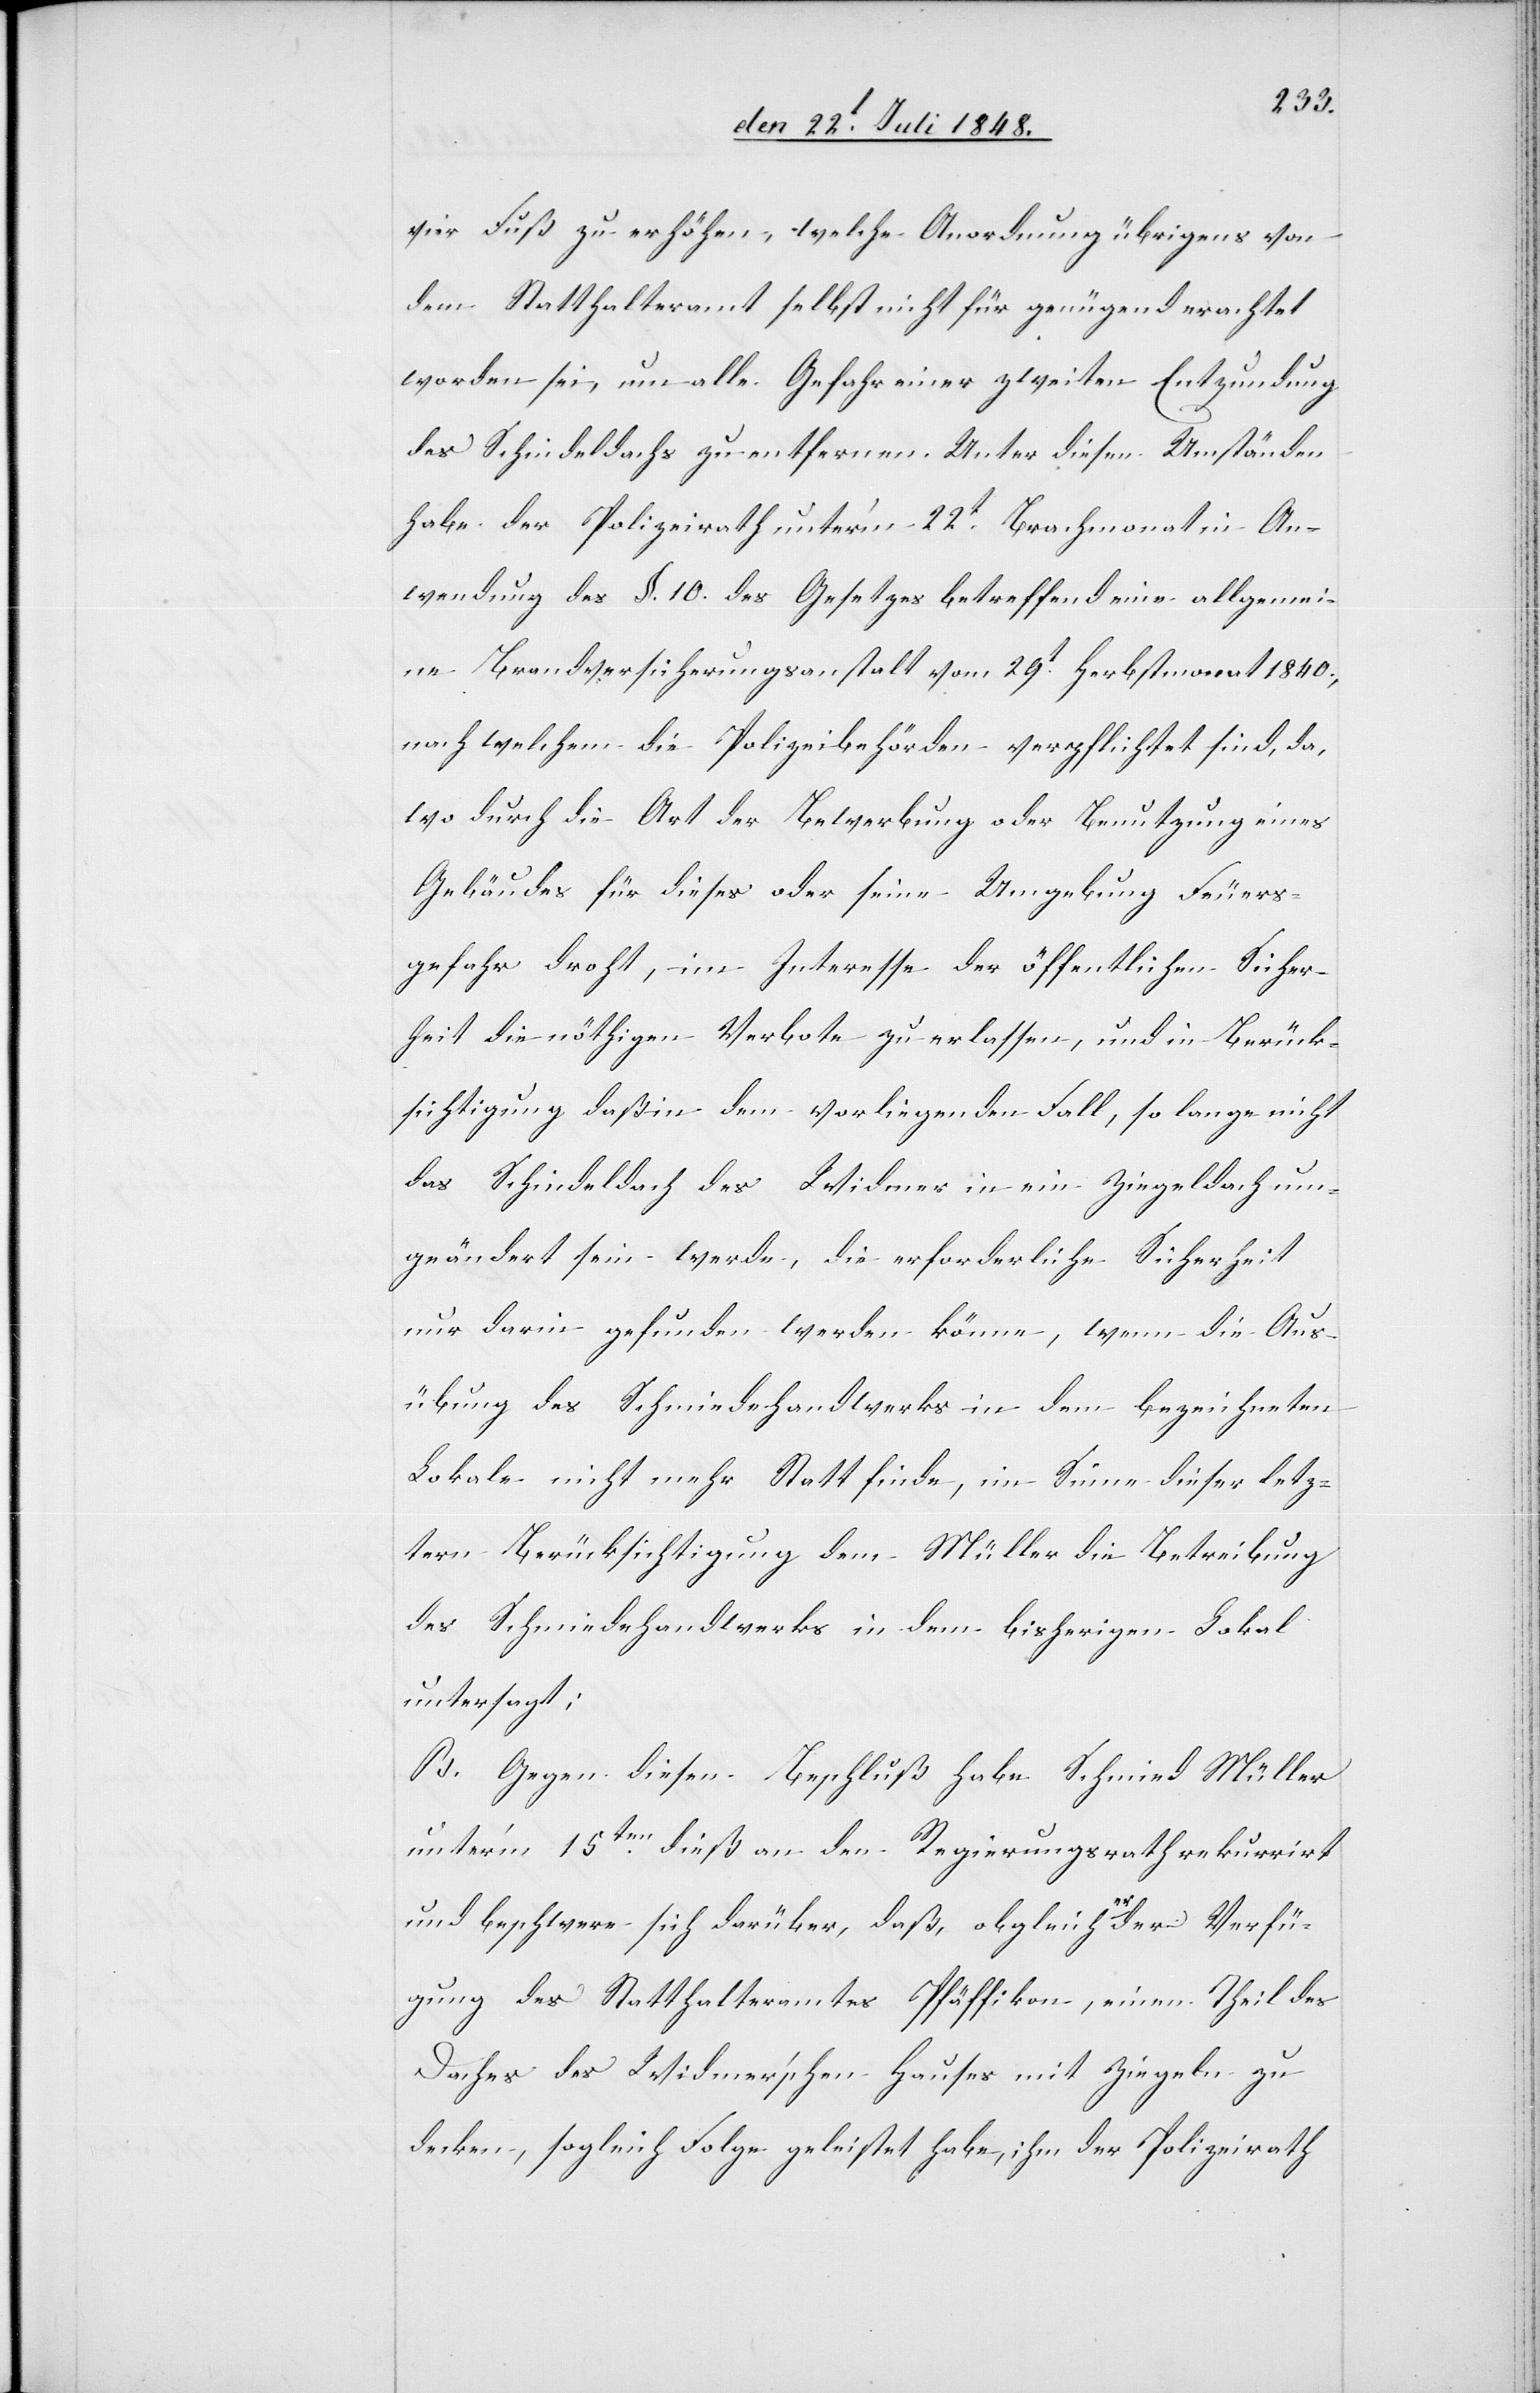
vier Fuß zu erhöhen, welche Anordnung übrigens von
dem Statthalteramt selbst nicht für genügend erachtet
worden sei, um alle Gefahr einer zweiten Entzundung
des Schindeldachs zu entfernen. Unter diesen Umständen
habe der Polizeirath unter’m 22t Brachmonat in An¬
wendung des §. 10. des Gesetzes betreffend eine allgemei¬
ne Brandversicherungsanstalt vom 29t Herbstmonat 1840.,
nach welchem die Polizeibehörden verpflichtet sind, da,
wo durch die Art der Bewerbung oder Benutzung eines
Gebäudes für dieses oder seine Umgebung Feuers¬
gefahr droht, im Interesse der öffentlichen Sicher¬
heit die nöthigen Verbote zu erlassen, und in Berück¬
sichtigung daß in dem vorliegenden Fall, so lange nicht
das Schindeldach des Widmer in ein Ziegeldach um¬
geändert sein werde, die erforderliche Sicherheit
nur darin gefunden werden könne, wenn die Aus¬
übung des Schmiedehandwerks in dem bezeichneten
Lokale nicht mehr Statt finde, im Sinne dieser letz¬
tern Berücksichtigung dem Müller die Betreibung
des Schmiedehandwerks in dem bisherigen Lokal
untersagt;
B. Gegen diesen Beschluß habe Schmied Müller
unter’m 15ten dieß an den Regierungsrath rekurrirt
und beschwere sich darüber, daß, obgleich er der Verfü¬
gung des Statthalteramtes Pfäffikon, einen Theil des
Daches des Widmer’schen Hauses mit Ziegeln zu
decken, sogleich Folge geleistet habe, ihm der Polizeirath